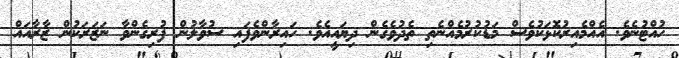
ހުއްޓުނެވެ. އެއްމެއިރުކޮޅަކުވެސް މަޑުކުރުމެއްނެތި ތެދުވެގެން ދިޔައީއެވެ. ހައިރާންވެފައި ސުވާލުން ފުރިގެންވާ ނަޒަރަކުން ޒާރާއައް